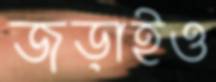
জড়াইও